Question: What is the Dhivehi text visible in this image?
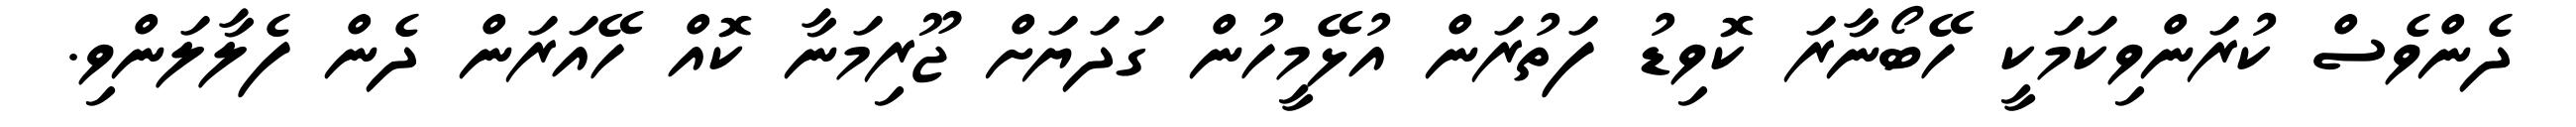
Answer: ދެންވެސް ކުރަންވިކަމަކީ ހޭބޯނާރަ ކޮވިޑު ފަތުރަން އުޅޭމީހުން ގަދަޔަށް ޖޫރިމަނާ ކޮއް ހޭއަރަން ދެން ފެލާލަންވި.